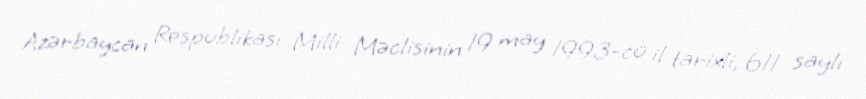
Azərbaycan Respublikası Milli Məclisinin 19 may 1993-cü il tarixli, 611 saylı